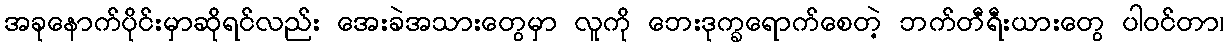
အခုနောက်ပိုင်းမှာဆိုရင်လည်း အေးခဲအသားတွေမှာ လူကို ဘေးဒုက္ခရောက်စေတဲ့ ဘက်တီရီးယားတွေ ပါဝင်တာ၊